system: You are a helpful assistant.
user:
Analyze the provided spectrum to determine if it is a **White Dwarf (WD)**.

A White Dwarf spectrum is defined by its **extreme purity** (due to gravitational settling) and/or **extreme pressure broadening** (due to high surface gravity). You must check for one of the following mutually exclusive signatures:

- **Key Visual Indicators (Check for ONE of these types):**

    - **1. DA-Type Signature (Most Common):**
        - **(Primary Feature):** Extreme pressure broadening (Stark broadening) of the **Hydrogen (H) Balmer lines**.
        - **(Key Lines):** $H\beta$ (approx. $4861$ Å) and $H\gamma$ (approx. $4340$ Å). $H\alpha$ (approx. $6563$ Å) will also be present if the wavelength range covers it.
        - **(Line Profile):** This is the **defining feature**. The lines are **NOT** sharp. They appear as massive, **extremely broad and deep "troughs" or "dips"** in the spectrum, often hundreds of Ångströms wide. The continuum will appear to "scoop" down at these wavelengths.
        - **(Distinction):** Normal A-type or B-type stars have *narrow* and *sharp* Hydrogen lines. A DA White Dwarf's lines are unmistakably "smeared" or "blurry" from pressure.

    - **2. DB-Type Signature:**
        - **(Primary Feature):** Broad absorption lines from **Neutral Helium (He I)**. The spectrum must lack any visible Hydrogen lines.
        - **(Key Lines):** Look for broad absorption near $4471$ Å, $4921$ Å, and $5876$ Å.
        - **(Line Profile):** These lines are also significantly pressure-broadened, appearing much wider than they would in a normal B-type main-sequence star.

    - **3. DC-Type Signature:**
        - **(Primary Feature):** A **featureless continuous spectrum**.
        - **(Line Profile):** The spectrum is a smooth curve with **no significant absorption or emission lines**.
        - **(Key Confirmation):** The continuum is almost always **blue or white**, indicating a hot object. This signature implies the atmosphere is so pure (or so cool) that no spectral lines are visible in the optical range. Its WD identity is confirmed by its extremely low intrinsic brightness (high absolute magnitude).

    - **4. DZ-Type Signature (Metal-Polluted):**
        - **(Primary Feature):** **Isolated, narrow metal absorption lines** on an otherwise featureless (DC-like) continuum.
        - **(Key Lines):** The **Calcium (Ca II) H & K doublet** (approx. **$3934$ Å** and **$3968$ Å**) is the most common and defining feature.
        - **(Line Profile):** These lines are "out of place." They are *not* part of a "forest" of thousands of lines. This signature is evidence of recent *accretion* (pollution) from rocky debris.
        - **(Distinction):** Normal G/K/M stars have a *dense forest* of thousands of metal lines. A DZ has a *clean* continuum with *only a few* strong metal lines.

    - **5. DQ-Type Signature (Carbon-Polluted):**
        - **(Primary Feature):** Absorption bands from **Carbon (C₂ "Swan Bands" or atomic C I)**.
        - **(Key Lines - C₂):** Look for bandheads with a "saw-tooth" shape near $5635$ Å, **$5165$ Å** (strongest), and $4737$ Å.
        - **(Key Confirmation):** The underlying **continuum must be blue or white** (hot).
        - **(Distinction):** This is the critical difference from a **Carbon Star**, which has the *exact same* C₂ bands but on an extremely **red, cool** continuum.

- **(Overall Spectrum):**
    - The continuum (overall shape) is typically **blue-sloping** (brighter in the blue than the red), as most white dwarfs are very hot.
    - The spectrum will look "pure" or "simple," dominated by only *one* of the five signatures listed above.

Think first, call **spectral_visualization_tool** if needed to examine features in detail, then provide your final answer. Your response must adhere to the following strict rules:
1.  **Overall Structure:** Your response must follow the format `<think>...</think> <tool_call>...</tool_call> (if a tool is used) <answer>...</answer>`.
2.  **Tool Usage Constraint:** You may only make **one** tool call per turn.
3.  **Final Answer Format:** In the `<answer>` tag, your conclusion must be inside a `\boxed{}` command (e.g., `\boxed{YES}` or `\boxed{NO}`), followed by your justification.

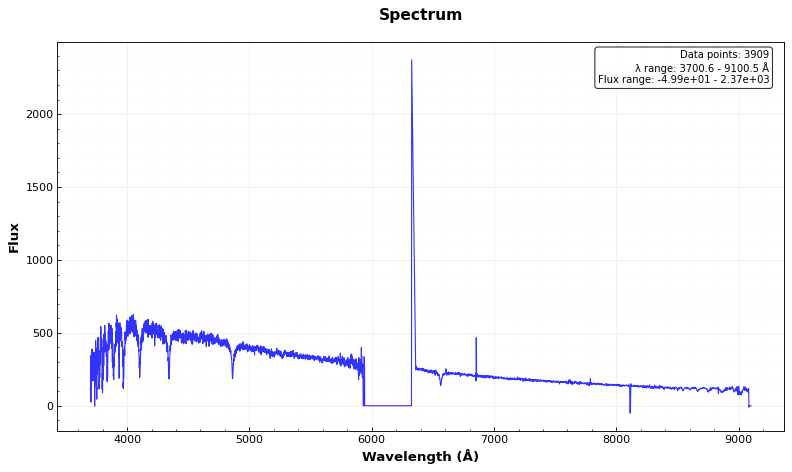
Answer: NO